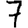
Digit: 7